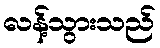
လန့်သွားသည်